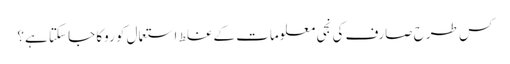
کس طرح صارف کی نجی معلومات کے غلط استعمال کو روکا جا سکتا ہے؟